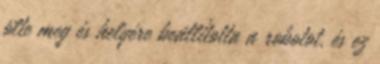
ölte meg és helyére beállította a robotot, és ez